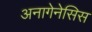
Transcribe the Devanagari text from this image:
अनागेनेसिस